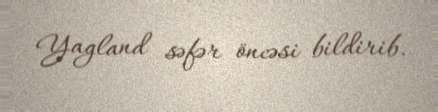
Yagland səfər öncəsi bildirib.